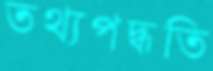
তথ্যপদ্ধতি